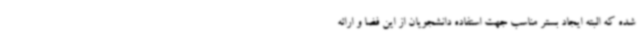
شده که البته ایجاد بستر مناسب جهت استفاده دانشجویان از این فضا و ارائه